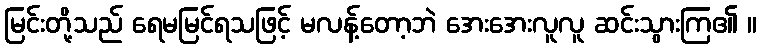
မြင်းတို့သည် ရေမမြင်ရသဖြင့် မလန့်တော့ဘဲ အေးအေးလူလူ ဆင်းသွားကြ၏ ။